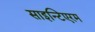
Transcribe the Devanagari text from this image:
साइन्टिएरम